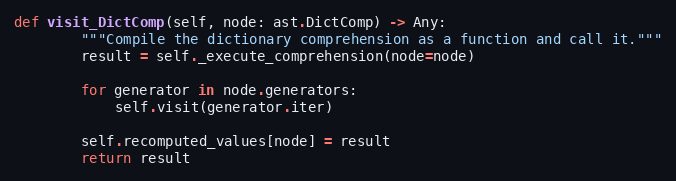
Language: Python
def visit_DictComp(self, node: ast.DictComp) -> Any:
        """Compile the dictionary comprehension as a function and call it."""
        result = self._execute_comprehension(node=node)

        for generator in node.generators:
            self.visit(generator.iter)

        self.recomputed_values[node] = result
        return result